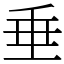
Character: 垂